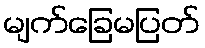
မျက်ခြေမပြတ်